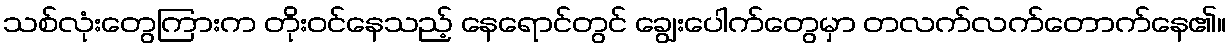
သစ်လုံးတွေကြားက တိုးဝင်နေသည့် နေရောင်တွင် ချွေးပေါက်တွေမှာ တလက်လက်တောက်နေ၏။